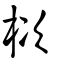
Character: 栨